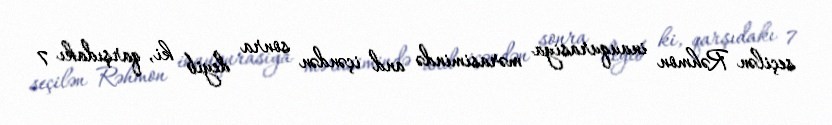
seçilən Rəhmon inauqurasiya mərasimində and içəndən sonra deyib ki, qarşıdakı 7